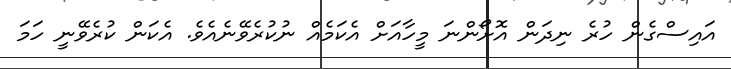
އައިސްގެން ހުރެ ނިދަން އޮށޯންނަ މީހާއަށް އެކަމެއް ނުކުރެވޭނެއެވެ. އެކަން ކުރެވޭނީ ހަމަ